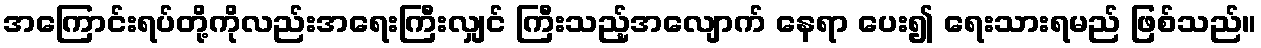
အကြောင်းရပ်တို့ကိုလည်းအရေးကြီးလျှင် ကြီးသည့်အလျောက် နေရာ ပေး၍ ရေးသားရမည် ဖြစ်သည်။